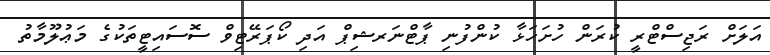
އަލަށް ރަޖިސްޓްރީ ކުރަން ހުށަހަޅާ ކުންފުނި ޕާޓްނަރޝިޕް އަދި ކޯޕަރޭޓިވް ސޮސައިޓީތަކުގެ މަޢުލޫމާތު